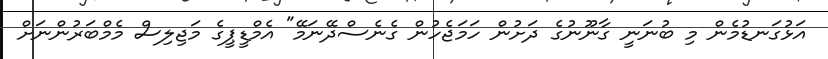
އަޅުގަނޑުމެން މި ބުނަނީ ގާނޫނުގެ ދަށުން ހަމަޖެހުން ގެނެސްދޭނަމޭ" އެމްޑީޕީގެ މަޖިލިސް މެމްބަރުންނަށް